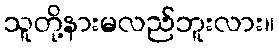
သူတို့နားမလည်ဘူးလား။